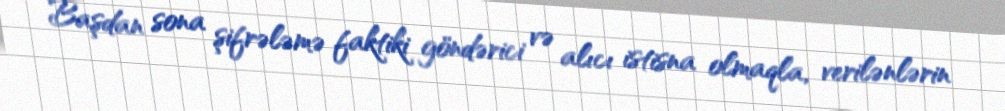
Başdan sona şifrələmə faktiki göndərici və alıcı istisna olmaqla, verilənlərin